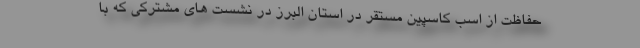
حفاظت از اسب کاسپین مستقر در استان البرز در نشست های مشترکی که با